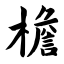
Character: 檐